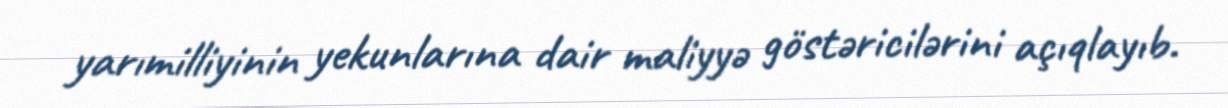
yarımilliyinin yekunlarına dair maliyyə göstəricilərini açıqlayıb.